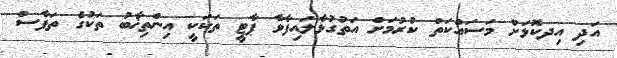
އަދި އިދކޮޅަށް މަސައްކަތް ކުރުމަށް އަތުގުޅާލައިފާވާ ޕާޓީ ތަކަކީ އިންތިޚާބު ތަކުގެ ތަފާސް